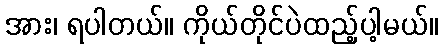
အား၊ ရပါတယ်။ ကိုယ်တိုင်ပဲထည့်ပါ့မယ်။